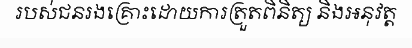
របស់ជនរងគ្រោះដោយការត្រួតពិនិត្យ និងអនុវត្ត